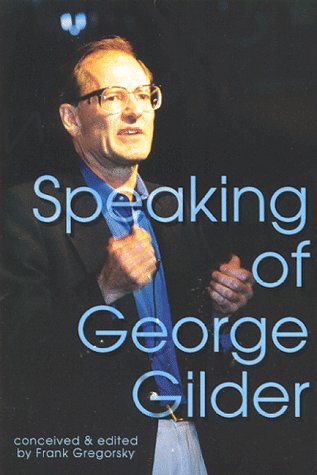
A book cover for Speaking of George Gilder; Frank Gregorsky; Business & Money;